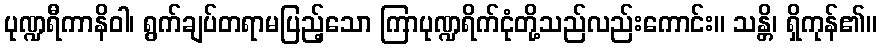
ပုဏ္ဍရီကာနိဝါ၊ ရွက်ချပ်တရာမပြည့်သော ကြာပုဏ္ဍရိက်ငုံတို့သည်လည်းကောင်း။ သန္တိ၊ ရှိကုန်၏။